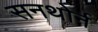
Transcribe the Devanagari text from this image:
सनथोर्न